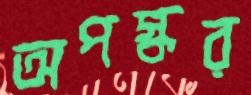
অপস্কর